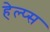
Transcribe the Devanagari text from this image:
हेल्प्स